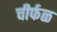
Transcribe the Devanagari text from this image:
चीर्फळ